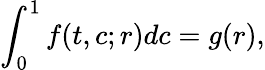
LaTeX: \int_{0}^{1}f(t,c;r)dc=g(r),